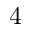
4